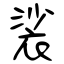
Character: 裟